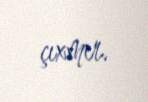
çıxmır.